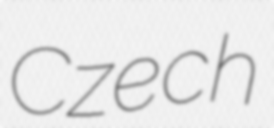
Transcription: Czech